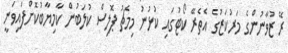
ރޭ ޒުވާނުންގެ މަރުކަޒުގެ އެތެރޭ ކޯޓުގައި ކުޅުނު މިމެޗު ޕޮލިސް ކުލަބުން ކާމިޔާބުކޮށްފައިވަނީ